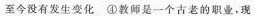
至今没有发生变化④教师是一个古老的职业，现